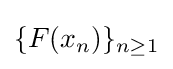
\{F(x_{n})\}_{n\geq 1}